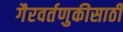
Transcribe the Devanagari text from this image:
गैरवर्तणुकीसाठी